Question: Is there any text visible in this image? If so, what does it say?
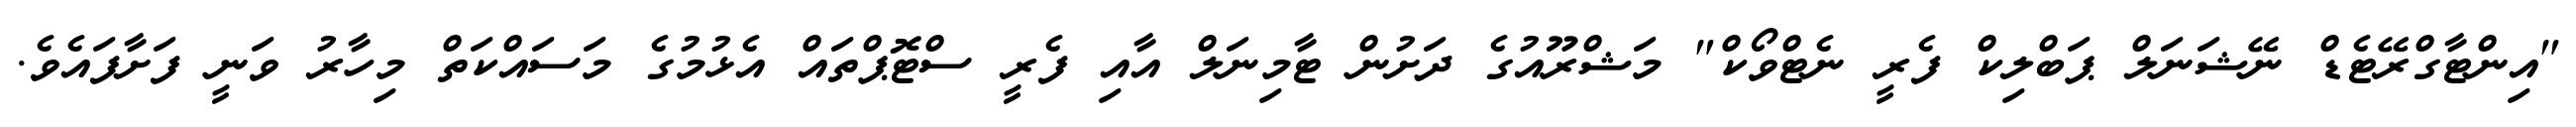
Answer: "އިންޓާގްރޭޓެޑް ނޭޝަނަލް ޕަބްލިކް ފެރީ ނެޓްވޯކް" މަޝްރޫއުގެ ދަށުން ޓާމިނަލް އާއި ފެރީ ސްޓޮޕްތައް އެޅުމުގެ މަސައްކަތް މިހާރު ވަނީ ފަށާފައެވެ.